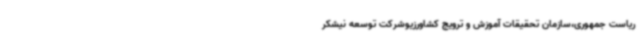
ریاست جمهوری،سازمان تحقیقات آموزش و ترویج کشاورزیوشرکت توسعه نیشکر